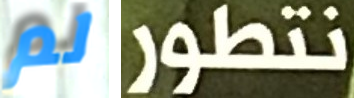
لم نتطور